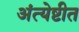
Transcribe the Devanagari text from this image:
अंत्येष्टीत